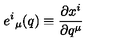
{ e ^ { i } } _ { \mu } ( q ) \equiv \frac { \partial x ^ { i } } { \partial q ^ { \mu } }